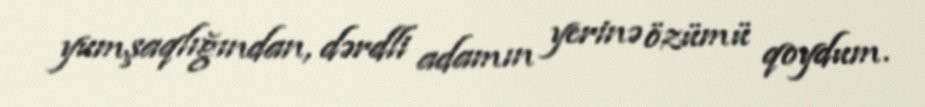
yumşaqlığından, dərdli adamın yerinə özümü qoydum.